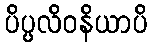
ပိပ္ပလိဝနိယာပိ